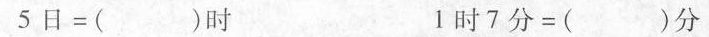
$$5 日 = ( ) 时$$ $$1 时 7 分 = ( )分$$